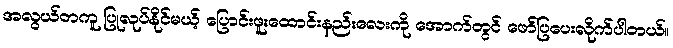
အလွယ်တကူ ပြုလုပ်နိုင်မယ့် ပြောင်းဖူးထောင်းနည်းလေးကို အောက်တွင် ဖော်ပြပေးလိုက်ပါတယ်။